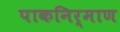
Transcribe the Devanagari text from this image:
पाकनिर्माण